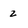
Character: z